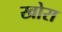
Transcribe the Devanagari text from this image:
खोरा